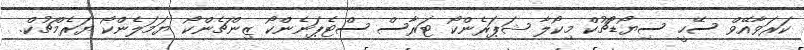
ކަރަވާއޭވް ސޭހީ ސިޔޯޑޯޗުކް މިކޯލާ ޝަޕަރެންކޯ ޓަރާސް ސްޓެޕަނެންކޯ ޒިންޗެންކޯ ޔަމަލެންކޯ ޔަރެމްޗުކް.